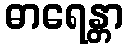
ဓာရေန္တာ